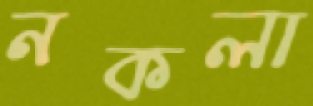
নকলা